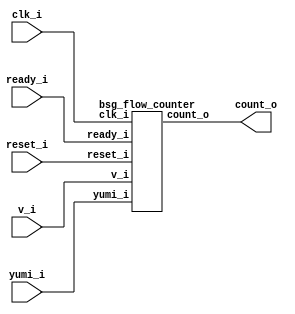


module top
(
  clk_i,
  reset_i,
  v_i,
  ready_i,
  yumi_i,
  count_o
);

  output [6:0] count_o;
  input clk_i;
  input reset_i;
  input v_i;
  input ready_i;
  input yumi_i;

  bsg_flow_counter
  wrapper
  (
    .count_o(count_o),
    .clk_i(clk_i),
    .reset_i(reset_i),
    .v_i(v_i),
    .ready_i(ready_i),
    .yumi_i(yumi_i)
  );


endmodule



module bsg_counter_up_down_max_val_p64_init_val_p0_max_step_p1
(
  clk_i,
  reset_i,
  up_i,
  down_i,
  count_o
);

  input [0:0] up_i;
  input [0:0] down_i;
  output [6:0] count_o;
  input clk_i;
  input reset_i;
  wire N0,N1,N2,N3,N4,N5,N6,N7,N8,N9,N10,N11,N12,N13,N14,N15,N16,N17,N18,N19,N20,N21,
  N22,N23;
  reg [6:0] count_o;
  assign { N9, N8, N7, N6, N5, N4, N3 } = count_o - down_i[0];
  assign { N16, N15, N14, N13, N12, N11, N10 } = { N9, N8, N7, N6, N5, N4, N3 } + up_i[0];
  assign { N23, N22, N21, N20, N19, N18, N17 } = (N0)? { 1'b0, 1'b0, 1'b0, 1'b0, 1'b0, 1'b0, 1'b0 } : 
                                                 (N1)? { N16, N15, N14, N13, N12, N11, N10 } : 1'b0;
  assign N0 = reset_i;
  assign N1 = N2;
  assign N2 = ~reset_i;

  always @(posedge clk_i) begin
    if(1'b1) begin
      { count_o[6:0] } <= { N23, N22, N21, N20, N19, N18, N17 };
    end 
  end


endmodule



module bsg_flow_counter
(
  clk_i,
  reset_i,
  v_i,
  ready_i,
  yumi_i,
  count_o
);

  output [6:0] count_o;
  input clk_i;
  input reset_i;
  input v_i;
  input ready_i;
  input yumi_i;
  wire [6:0] count_o;
  wire enque;

  bsg_counter_up_down_max_val_p64_init_val_p0_max_step_p1
  gen_blk_0_counter
  (
    .clk_i(clk_i),
    .reset_i(reset_i),
    .up_i(enque),
    .down_i(yumi_i),
    .count_o(count_o)
  );

  assign enque = v_i & ready_i;

endmodule